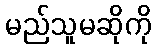
မည်သူမဆိုကို